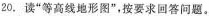
20.读”等高线地形图”，按要求回答问题。